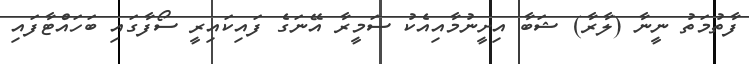
ފާތުމަތު ނީނާ (ލާރާ) ޝަބާ އިށީނުމާއިއެކު ސަމީރާ އޭނަގެ ފައިކައިރީ ސޯފާގައި ބަހައްޓާފައި